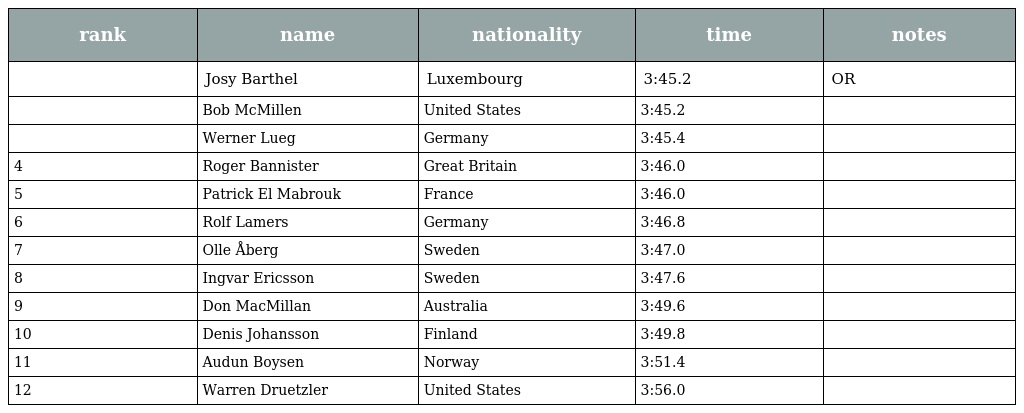
| rank | name | nationality | time | notes |
 | --- | --- | --- | --- | --- |
 |  | Josy Barthel | Luxembourg | 3:45.2 | OR |
 |  | Bob McMillen | United States | 3:45.2 |  |
 |  | Werner Lueg | Germany | 3:45.4 |  |
 | 4 | Roger Bannister | Great Britain | 3:46.0 |  |
 | 5 | Patrick El Mabrouk | France | 3:46.0 |  |
 | 6 | Rolf Lamers | Germany | 3:46.8 |  |
 | 7 | Olle Åberg | Sweden | 3:47.0 |  |
 | 8 | Ingvar Ericsson | Sweden | 3:47.6 |  |
 | 9 | Don MacMillan | Australia | 3:49.6 |  |
 | 10 | Denis Johansson | Finland | 3:49.8 |  |
 | 11 | Audun Boysen | Norway | 3:51.4 |  |
 | 12 | Warren Druetzler | United States | 3:56.0 |  |